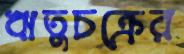
ঋতুচক্রের